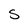
Character: S